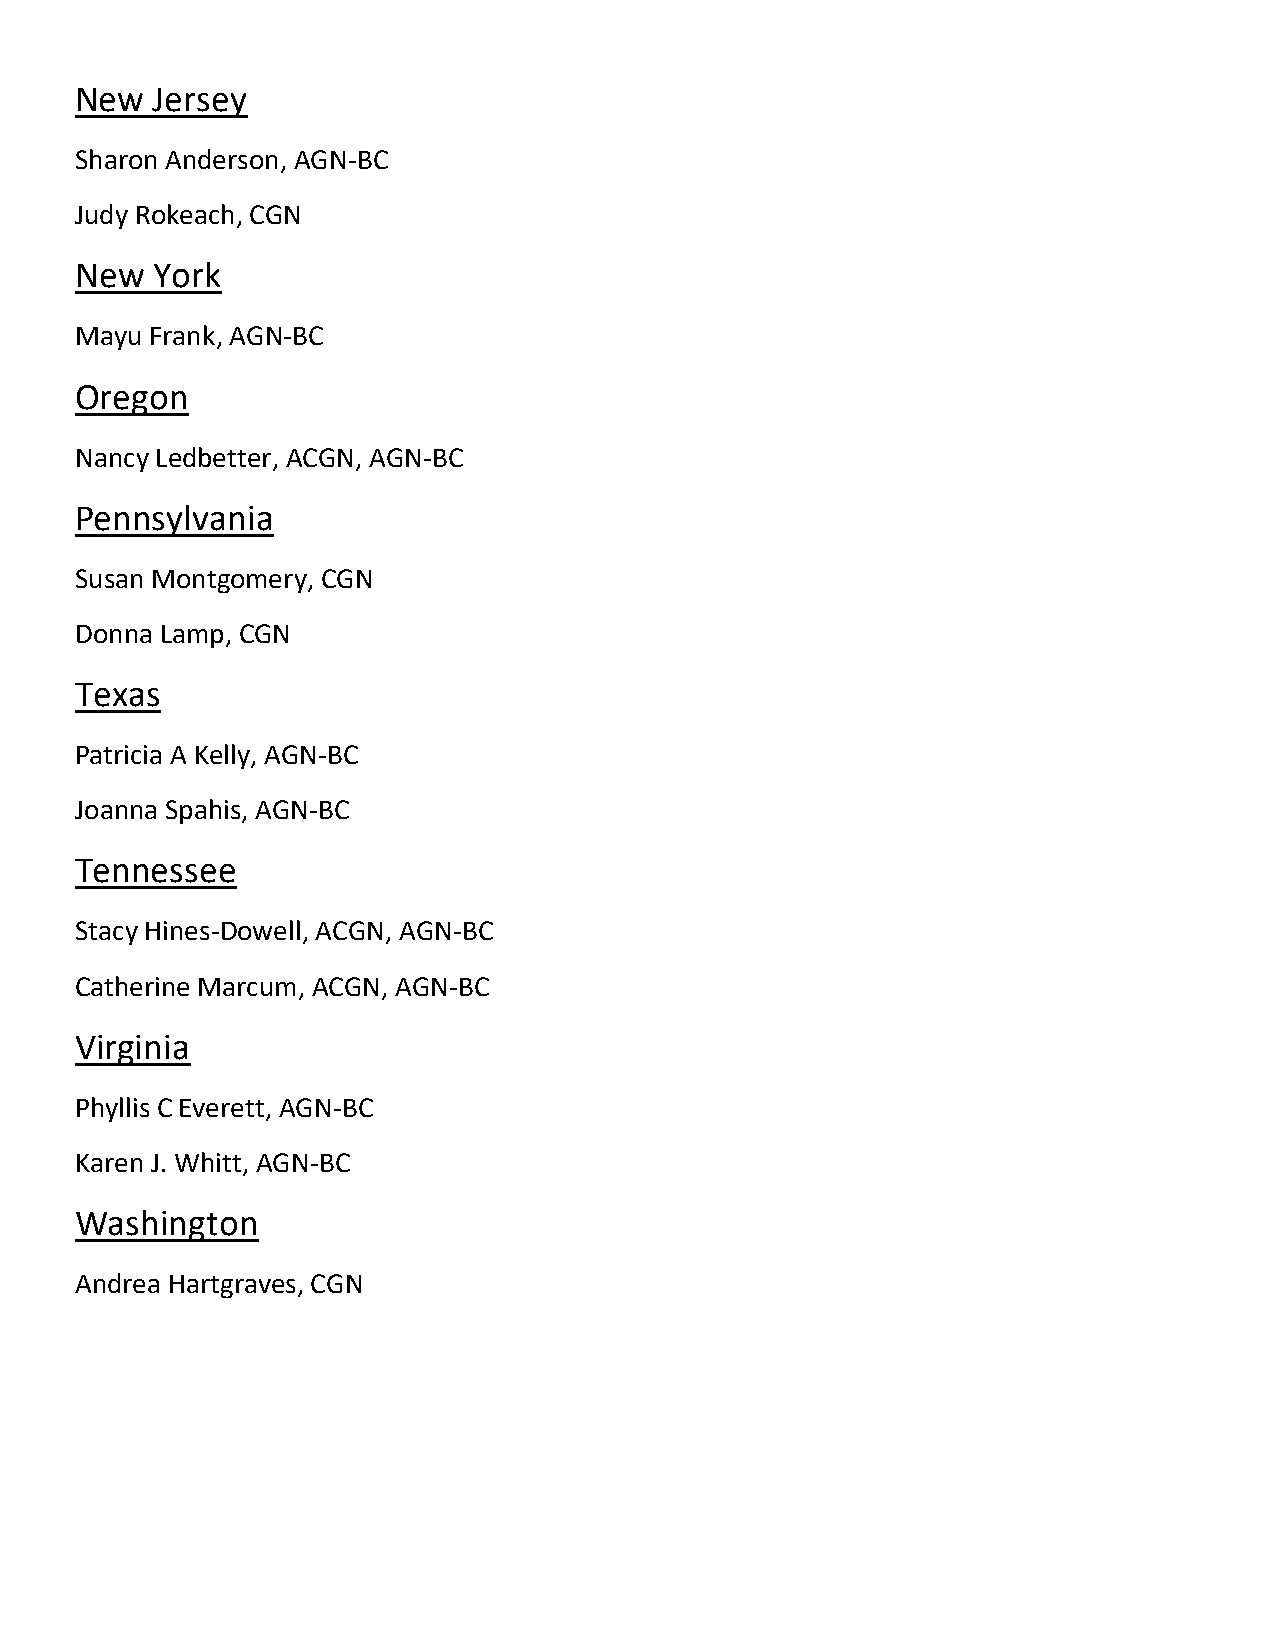
New  Jersey
 Sharon Anderson, AGN-BC
 Judy Rokeach, CGN
 New  York
 Mayu Frank, AGN-BC
 Oregon
 Nancy Ledbetter, ACGN, AGN-BC
 Pennsylvania
 Susan Montgomery, CGN
 Donna Lamp, CGN
 Texas
 Patricia A Kelly, AGN-BC
 Joanna Spahis, AGN-BC
 Tennessee
 Stacy Hines-Dowell, ACGN, AGN-BC
 Catherine Marcum, ACGN, AGN-BC
 Virginia
 Phyllis C Everett, AGN-BC
 Karen J. Whitt, AGN-BC
 Washington
 Andrea Hartgraves, CGN